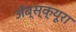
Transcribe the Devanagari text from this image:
ॲब्स्क्यूरा